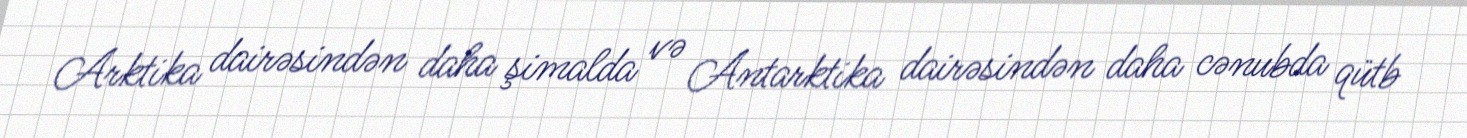
Arktika dairəsindən daha şimalda və Antarktika dairəsindən daha cənubda qütb